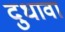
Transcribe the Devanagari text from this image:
दुधावा